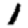
Digit: 1